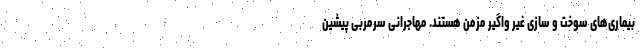
بیماری‌های سوخت و سازی غیر واگیر مزمن هستند. مهاجرانی سرمربی پیشین